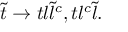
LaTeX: { \tilde { t } } \rightarrow t l { \tilde { l } } ^ { c } , t l ^ { c } { \tilde { l } } .